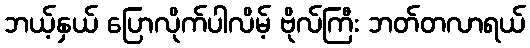
ဘယ့်နှယ် ပြောလိုက်ပါလိမ့် ဗိုလ်ကြီး ဘတ်တလာရယ်